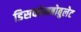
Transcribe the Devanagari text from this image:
डिसकोमबोबुलेट